Civil Veterinary Dept. North-West Frontier Province 1923-32 - 1923-1932
Year: 1923
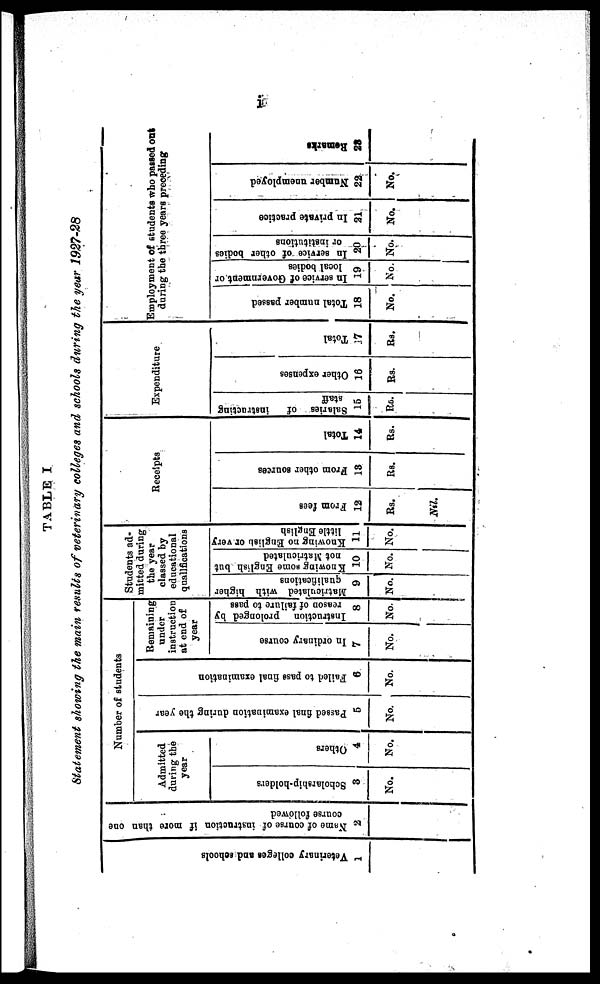
i
TABLE I
Statement showing the main results of veterinary colleges and schools during the year 1927-28
Veterinary colleges and schools
1
Name of course
of instruction if more than one
course followed
2
Number of students
Admitted
during the
year
Scholarship-holers
3
No.
Others
4
No.
Pas s ed final examination during the year
5
No.
Fai l
ed to pass final examination
6
No.
Remaining
under
instruction
at end of
year
In ordinary course
7
No.
Instruction prolonged by
reason of failure to pass
8
No.
Students ad-
mitted during
the year
classed by
educational
qualifications
Matriculated with higher
qualifications
9
No.
Knowig some English but
not matriculated
10
No.
Knowing no English or very
little English
11
No.
Receipts
From fees
12
Rs.
Nil.
From other sources
13
Rs.
Total
14
Rs.
Expeniture
Salaries of instructing
staff
15
Rs.
Other expenses
16
Rs.
Total
17
Rs.
Employment of students who passed out
during the three years preceding
Total number passed
18
No.
In service of Government or
local bodies
19
No.
In service of other bodies
or institutions
20
No.
In private practice
21
No.
Number unemployed
22
No.
Remarks
28